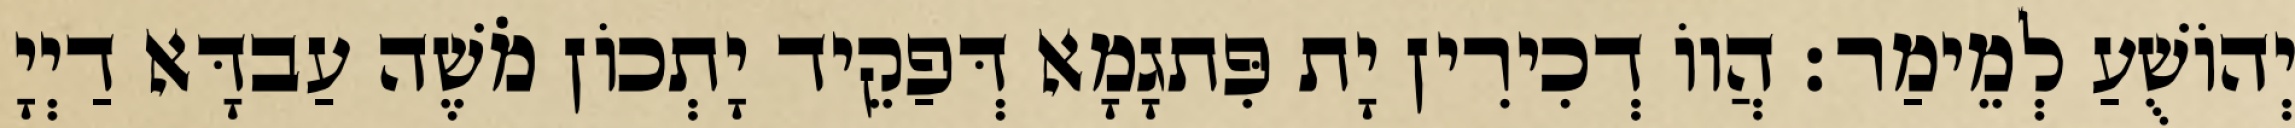
יְהוֹשֻׁעַ לְמֵימַר׃ הֲווֹ דְכִירִין יָת פִּתגָמָא דְּפַקֵיד יָתְכוֹן מֹשֶׁה עַבדָּא דַיְיָ